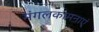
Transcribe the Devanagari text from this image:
मंगलकामनाएं